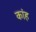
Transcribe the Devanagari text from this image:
कांह